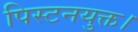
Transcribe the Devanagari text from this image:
पिस्टनयुक्त।